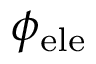
\phi _ { \mathrm { e l e } }